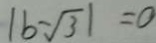
\vert b - \sqrt { 3 } \vert = 0